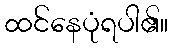
ထင်နေပုံရပါ၏။